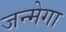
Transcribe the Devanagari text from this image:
जन्मेगा